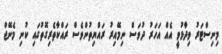
މިނިސްޓަރު ވިދާޅުވީ އެއް އަހަރު ދުވަސް ނިމޭއިރު ރައްޔިތުންވެސް ރައްކާތެރިގޮތުގައި ކުނި މެނޭޖް